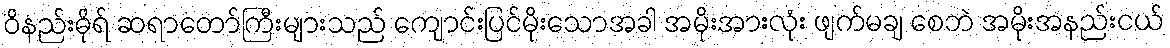
ဝိနည်းဓိုရ် ဆရာတော်ကြီးများသည် ကျောင်းပြင်မိုးသောအခါ အမိုးအားလုံး ဖျက်မချ စေဘဲ အမိုးအနည်းငယ်